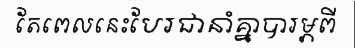
តែពេលនេះបែរជានាំគ្នាបារម្ភពី